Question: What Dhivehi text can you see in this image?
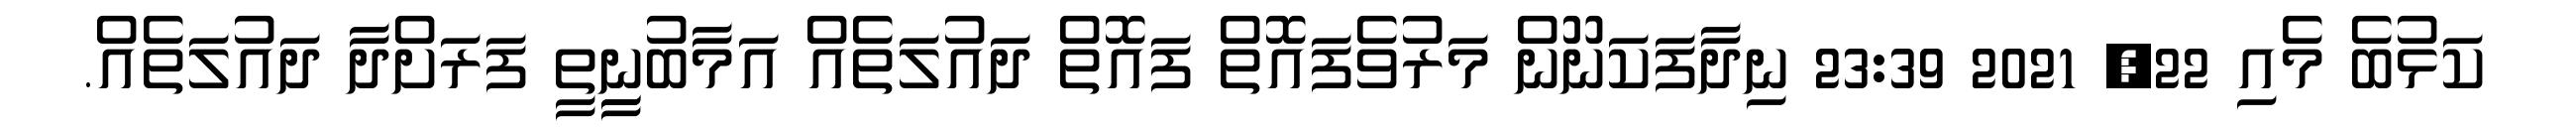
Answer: ކަޅުބެ މެއި 22, 2021 23:39 ނިދާފަކަނޫން މަރުވެފައޮތް ފައޮތް ދައުލަތެއް އަމާބުނީިތީ ފަރަށްދާ ދައުލަތެއް.